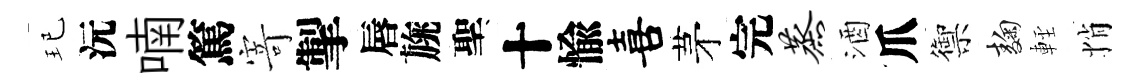
玘沅喃篤𭔃掣唇旐聖十愉喜茅完蒸酒爪禦麹䡖悄